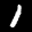
Label: 1